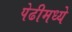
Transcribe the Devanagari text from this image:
पेढीमध्ये